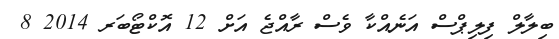
ބިލާލް ފިލިޕްސް އަނެއްކާ ވެސް ރާއްޖެ އަށް 12 އޮކްޓޯބަރ 2014 8